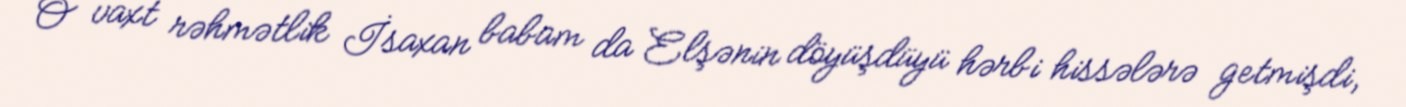
O vaxt rəhmətlik İsaxan babam da Elşənin döyüşdüyü hərbi hissələrə getmişdi,